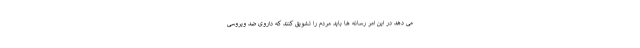
می دهد در این امر رسانه ها باید مردم را تشویق کنند که داروی ضد ویروسی